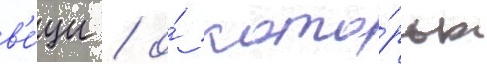
в'е́щи / о́ кото́рых